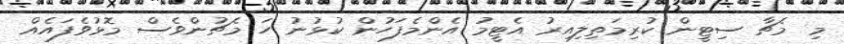
މި މެޗާ ސިޓީން ކުރިމަތިލިއިރު އެޓީމު އެންމެފަހުން ކުޅުނު ހަ މެޗުންވެސް މޮޅުވެފައެއް